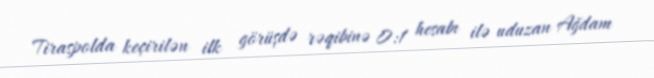
Tiraspolda keçirilən ilk görüşdə rəqibinə 0:1 hesabı ilə uduzan Ağdam